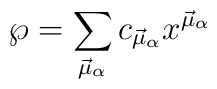
{\wp} = \sum_{\vec{\mu}_{\alpha}} c_{\vec{\mu}_{\alpha}}x^{\vec{\mu}_{\alpha}}